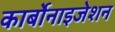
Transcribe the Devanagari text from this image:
कार्बोनाइजेशन